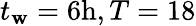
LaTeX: t_{\mathbf{w}}=6\mathrm{{h}},T=18